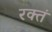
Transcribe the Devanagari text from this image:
रक्तं